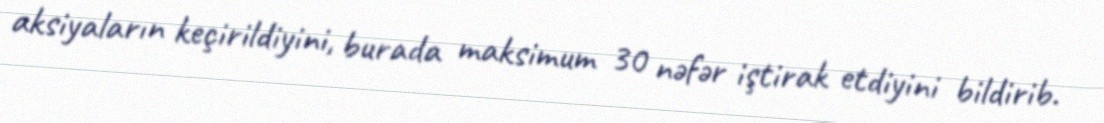
aksiyaların keçirildiyini, burada maksimum 30 nəfər iştirak etdiyini bildirib.